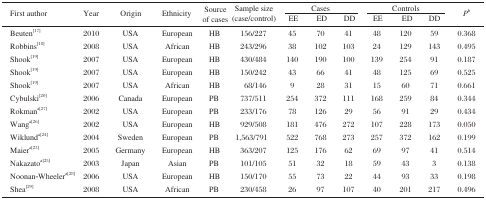
<table><thead><tr><td rowspan="2"><b>First author</b></td><td rowspan="2"><b>Year</b></td><td rowspan="2"><b>Origin</b></td><td rowspan="2"><b>Ethnicity</b></td><td rowspan="2"><b>Source of cases</b></td><td rowspan="2"><b>Sample size (case/control)</b></td><td colspan="3"><b>Cases</b></td><td colspan="3"><b>Controls</b></td><td rowspan="2"><b><i>P</i><sup>b</sup></b></td></tr><tr><td><b>EE</b></td><td><b>ED</b></td><td><b>DD</b></td><td><b>EE</b></td><td><b>ED</b></td><td><b>DD</b></td></tr></thead><tbody><tr><td>Beuten[17]</td><td>2010</td><td>USA</td><td>European</td><td>HB</td><td>156/227</td><td>45</td><td>70</td><td>41</td><td>48</td><td>120</td><td>59</td><td>0.368</td></tr><tr><td>Robbins[18]</td><td>2008</td><td>USA</td><td>African</td><td>HB</td><td>243/296</td><td>38</td><td>102</td><td>103</td><td>24</td><td>129</td><td>143</td><td>0.495</td></tr><tr><td>Shook[19]</td><td>2007</td><td>USA</td><td>European</td><td>HB</td><td>430/484</td><td>140</td><td>190</td><td>100</td><td>139</td><td>254</td><td>91</td><td>0.187</td></tr><tr><td>Shook[19]</td><td>2007</td><td>USA</td><td>European</td><td>HB</td><td>150/242</td><td>43</td><td>66</td><td>41</td><td>48</td><td>125</td><td>69</td><td>0.525</td></tr><tr><td>Shook[19]</td><td>2007</td><td>USA</td><td>African</td><td>HB</td><td>68/146</td><td>9</td><td>28</td><td>31</td><td>15</td><td>60</td><td>71</td><td>0.661</td></tr><tr><td>Cybulski[20]</td><td>2006</td><td>Canada</td><td>European</td><td>PB</td><td>737/511</td><td>254</td><td>372</td><td>111</td><td>168</td><td>259</td><td>84</td><td>0.344</td></tr><tr><td>Rokman<sup>a[27]</sup></td><td>2002</td><td>USA</td><td>European</td><td>PB</td><td>233/176</td><td>78</td><td>126</td><td>29</td><td>56</td><td>91</td><td>29</td><td>0.434</td></tr><tr><td>Wang<sup>a[26]</sup></td><td>2002</td><td>USA</td><td>European</td><td>HB</td><td>929/508</td><td>181</td><td>476</td><td>272</td><td>107</td><td>228</td><td>173</td><td>0.050</td></tr><tr><td>Wiklund<sup>a[24]</sup></td><td>2004</td><td>Sweden</td><td>European</td><td>PB</td><td>1,563/791</td><td>522</td><td>768</td><td>273</td><td>257</td><td>372</td><td>162</td><td>0.199</td></tr><tr><td>Maier<sup>a[23]</sup></td><td>2005</td><td>Germany</td><td>European</td><td>HB</td><td>363/207</td><td>125</td><td>176</td><td>62</td><td>69</td><td>97</td><td>41</td><td>0.514</td></tr><tr><td>Nakazato<sup>a[25]</sup></td><td>2003</td><td>Japan</td><td>Asian</td><td>PB</td><td>101/105</td><td>51</td><td>32</td><td>18</td><td>59</td><td>43</td><td>3</td><td>0.138</td></tr><tr><td>Noonan-Wheeler <sup>a[28]</sup></td><td>2006</td><td>USA</td><td>European</td><td>HB</td><td>150/170</td><td>55</td><td>73</td><td>22</td><td>44</td><td>93</td><td>33</td><td>0.198</td></tr><tr><td>Shea [29]</td><td>2008</td><td>USA</td><td>African</td><td>PB</td><td>230/458</td><td>26</td><td>97</td><td>107</td><td>40</td><td>201</td><td>217</td><td>0.496</td></tr></tbody></table>